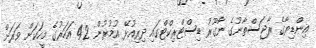
އިންޑިޔާގެ ރާޖަސްތާނުގެ ނާގޫރު ޑިސްޓްރިކްޓްގައި ދިރިއުޅޭ އުމުރުން 42 އަހަރުގެ މީހަކަށް ވަރަށް